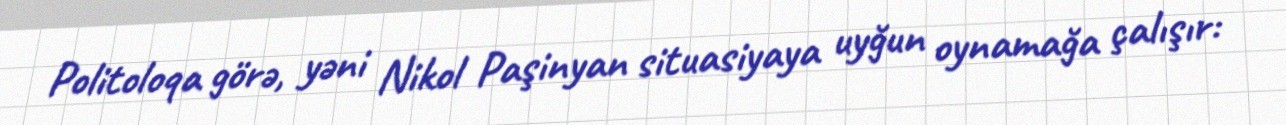
Politoloqa görə, yəni Nikol Paşinyan situasiyaya uyğun oynamağa çalışır: